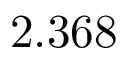
2 . 3 6 8